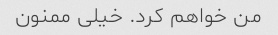
من خواهم کرد. خیلی ممنون